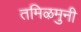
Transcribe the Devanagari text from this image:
तमिऴमुनी